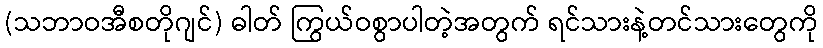
(သဘာဝအီစတိုဂျင်) ဓါတ် ကြွယ်ဝစွာပါတဲ့အတွက် ရင်သားနဲ့တင်သားတွေကို